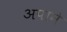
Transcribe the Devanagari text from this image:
अपाने